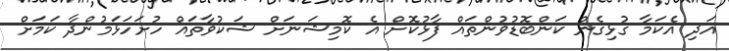
އަދި އެކަމާ ގުޅިގެން ކަންބޮޑުވުންތައް ފާޅުކޮށް އެ ކޮމިޝަނަށް ޝަކުވާތައް ހުށަހަޅަމުންދާ ކަމަށް